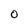
Character: O